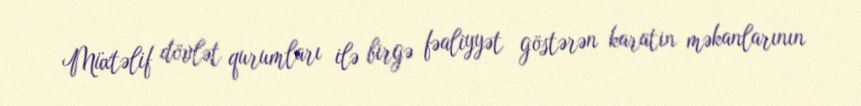
Müxtəlif dövlət qurumları ilə birgə fəaliyyət göstərən karatin məkanlarının